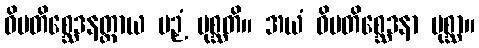
ဝိမတိစ္ဆေဒနတ္ထာယ ပဉှံ ပုစ္ဆတိ။ အယံ ဝိမတိစ္ဆေဒနာ ပုစ္ဆာ။